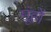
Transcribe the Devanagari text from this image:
मूंहों